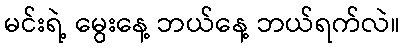
မင်းရဲ့ မွေးနေ့ ဘယ်နေ့ ဘယ်ရက်လဲ။